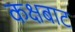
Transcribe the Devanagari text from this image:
कक्षबाट